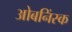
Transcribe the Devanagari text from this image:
ओबनिंस्क